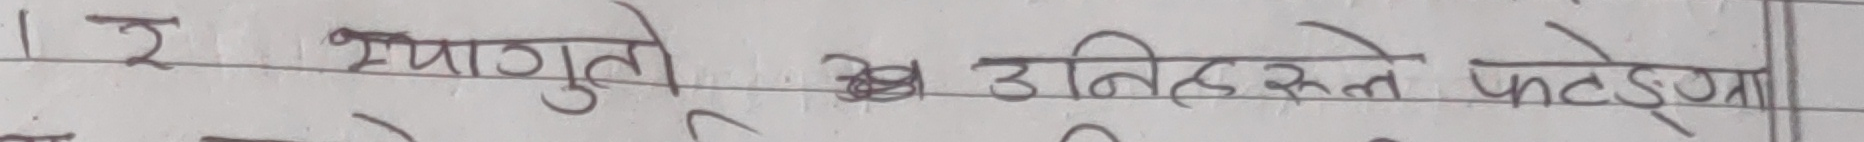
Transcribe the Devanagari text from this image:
१ २ प्रयागुक खा डर्निरुले फेदेका